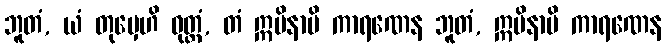
ဘူတံ, ယံ တုမှေဟိ ဝုတ္တံ, တံ ဣမိနာပိ ကာရဏေန ဘူတံ, ဣမိနာပိ ကာရဏေန